Vital statistics of India. Vol. VI, European troops 1870-79
Year: 1870
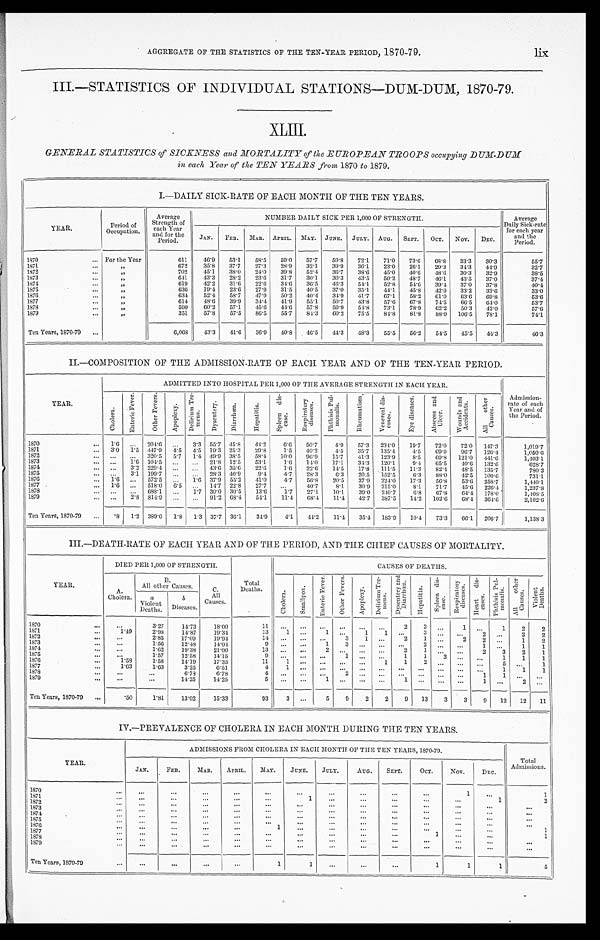
AGGREGATE OF THE STATISTICS OF THE TEN—YEAR PERIOD, 1870-79. lix
III.—STATISTICS OF INDIVIDUAL STATIONS—DUM-DUM, 1870-79.
XLIII.
GENERAL STATISTICS of SICKNESS and MORTALITY of the EUROPEAN TROOPS occupying DUM-DUM
in each Year of the TEN YEARS from 1870 to 1879.
I.—DAILY SICK-RATE OF EACH MONTH OF THE TEN YEARS.
YEAR.
Period of
O c c u p a t i o n .
Average
Strength of
each Year
and for the
Period.
NUMBER DAILY SICK PER 1,000 OF STRENGTH.
Average
Daily Sick-rate
for each year
and the
Period.
JAN. FEB. MAR. APRIL. MAY. JUNE. JULY. AUG. SEPT. OCT. NOV. DEC.
1870
... For the Year
611
46.9 53.1 58.5 59.0 57.7 59.8 72.1 71.0 73.6 68.8 33.3 30.3
55.7
1871
. . .
„
672
35. 8
37.7 27.3 28.9
3 2 . 1 39.9 36.1
2 3 . 0
26.0 29.3 34.3
44.9
3 2 . 7
1872
. . .
„
702
4 5 . 1 38.0
2 4 . 0
3 9 . 8
5 2 . 4
3 6 . 7
3 8 . 6
4 5 . 0 40.6 44.6
3 0 . 3 32.9
3 8 . 5
1873
...
„
641 43.3 28.2 23.6 31.7 30.1
3 0 . 3
4 3 . 5
5 0 . 2
48.7 46.1
4 3 . 5 37.0
3 7 . 4
1874
. . .
„
619 42.2 31.6 22.6
34.6
3 6 . 5
4 6 . 3
5 4 . 1
5 2 . 8
5 4 . 6 39.4
3 7 . 0
37.8
4 0 . 4
1875
...
„
636 19.4 23.6
2 7 . 9
3 1 . 5 40.5 37.0
3 5 . 1
4 4 . 1
4 5 . 8 42.0
3 3 . 2
33.6
3 3 . 0
1876
. . .
„
634 52. 4
58.7 47.9
5 0 . 2
4 0 . 4
3 4 . 9
4 1 . 7
6 7 . 1
5 8 . 2 61.0
6 3 . 6
69.8
5 3 . 6
1877
. . .
„
614 48.6 39.9
3 4 . 4 41.9 55.1 50.7
4 3 . 8
5 7 . 6
6 7 . 8 74.5
6 6 . 5
64.0
5 3 . 7
1878
. . .
„
590 60. 2
57.1 45.6
4 4 . 6
5 7 . 8
5 9 . 9
5 4 . 8
7 3 . 1
7 8 . 9 62.2
5 0 . 3
42.0
5 7 . 6
1879
. . .
„
351
57.8 57.5
8 6 . 5
5 5 . 7
84.3
6 0 . 2
7 5 . 5 84.8
8 1 . 8 88.0
1 0 6 . 5 78.1
7 4 . 1
Ten Years, 1870-79 ...
6,068
43. 3
41.6 36.9
40.8 46.5 44.3 48.3 55.5 56.2 54.5 45.5 44.3
4 6 . 3
II.—COMPOSITION OF THE ADMISSION-RATE OF EACH YEAR AND OF THE TEN-YEAR PERIOD.
YEAR.
ADMITTED INTO HOSPITAL PER 1,000 OF THE AVERAGE STRENGTH IN EACH YEAR.
Admission-
rate of each
Year and of
the Period.
C h o l e r a .
E n t e r i c F e v e r .
O t h e r F e v e r s . Apoplexy.
D e l i r i u m T r e -
m e n s .
D y s e n t e r y . D i a r r h œ a .
H e p a t i t i s .
S p l e e n d i s -
e a s e .
R e s p i r a t o r y
d i s e a s e s .
P h t h i s i s P u l -
m o n a l i s .
R h e u m a t i s m . V e n e r e a l d i s -
e a s e s .
E y e d i s e a s e s . A b s c e s s a n d
Ul c e r .
W o u n d s a n d
A c c i d e n t s . A l l o t h e r
C a u s e s .
1870
. . . 1.6 ... 204.6 ... 3.3 55.7 45.8 44.2
6.6 50.7
4.9 57.3 234.0 19.7 72.0 72.0 147.3
1,019.7
1871
. . . 3.0 1.5 447.9 4.5 4.5 19.3 25.3 29.8
1.5
4 0 . 2 4.5 35.7 135.4 4.5 69.9 96.7 126.4
1,050.6
1872
... ... ... 320.5 5.7 1.4
4 9 . 9 38.5 58.4 10.0
9 6 . 9 15.7 41.3 123.9
8.5 69.8 121.0 441.6
1,403.1
1873
... ... 1.6 104.5 ... ... 21.8 12.5 53.1
1.6 14.0 17.1 34.3 120.1
9.4 65.5
4 0 . 6 132.6
628.7
1874
... ... 3.2 229.4 ... ... 43.6 35.6 22.6
1.6 22.6 14.5 17.8 111.5 11.3 82.4 48.5 135.7
780.3
1875
... ... 3.1 199.7 ...
... 28.3 40.9 9.4
4.7 28.3
6.3 20.5 152.5
6.3 88.0 42.5 100.6
731.1
1876
. . . 1.6 ... 572.5
. . . 1 . 6 37.9 55.2 41.0
4.7 56.8 20.5 37.9 224.0 17.3 56.8 53.6 258.7
1,440.1
1877
... 1.6 ... 518.0 6.5 . . . 14.7 22.8 27.7 . . .
40.7
8.1 30.9 215.0
8.1 71.7 45.6 226.4
1,237.8
1878
. . . ... ... 688.1 ...
1 . 7 39.0 30.5 13.6
1 . 7 27.1 10.1 39.0 240.7
6. 8
67.8 64.4 178.0
1,408.5
1879
. . . ... 2.8 814.9 ... ...
9 1 . 2 68.4 54.1 11.4 68.4 11.4 42.7 387.5 14.2 102.6 68.4 364.6
2,102.6
Ten Years, 1870-79 ... .8 1.2 389.0 1.8 1.3 37.7 36.1 34.9
4.1 44.2 11.4 35.4 183.9 10.4
73.3 66.1 206.7
1,138.3
III.—DEATH-RATE OF EACH YEAR AND OF THE PERIOD, AND THE CHIEF CAUSES OF MORTALITY.
YEAR.
DIED PER 1,000 OF STRENGTH.
Total
Deaths.
CAUSES OF DEATHS.
A.
Cholera.
B.
All other Causes.
C.
All
Causes.
C h o l e r a . Smallpox. E n t e r i c F e v e r .
O t h e r F e v e r s .
A p o p l e x y .
D e l i r i u m T r e -
m e n s .
D y s e n t e r y a n d
D i a r r h œ a .
H e p a t i t i s .
S p l e e n d i s -
e a s e .
R e s p i r a t o r y
d i s e a s e s .
H e a r t d i s -
e a s e s .
P h t h i s i s P u l -
m o n a l i s .
A l l o t h e r
C a u s e s .
V i o l e n t
D e a t h s .
a
Violent
Deaths.
b
Diseases.
1870
. . .
. . . 3.27
14.73
18.00
11
. . . ...
. . .
. . .
. . .
. . . 2
3 ...
1 ...
1
2
2
1871
...
1.49
2.98
14.87
19.34
13
1 ...
1 ...
1 1
. . . 3
. . .
. . . 2
. . . 2
2
1872
...
...
2.85
17.09
1 9 . 9 4
14
. . .
...
. . . 3
1 ...
2
1
. . .
2
2
. . . 1
2
1873
. . . ...
1.56
12.48
1 4 . 0 4
9 . . . ...
1
3
. . . ...
. . . 2
. . .
. . . 1
. . . 1
1
1874
...
...
1.62
19.38
21.00
1 3
. . . ...
2 . . .
. . . ... 2
1
. . .
. . . 2
3
2
1
1875
. . .
. . . 1.57
12.58
14.15
9
. . . ...
. . . 1 ...
... 1
1
3
. . . ...
1
1
1
1876
1877
... . . .
1.53
1.63
1.58
1.63
14.19
3.25
17.35
6.51
11
4
1 1 ... ...
. . .
. . . .... . . ... . . .
1
...
1
. . .
2
...
...
...
...
...
...
...
5
1
. . .
1
1
1
1878
. . .
. . . . . .
6.78
6.78
4
. . .
...
. . . 2 ...
...
. . .
. . . . . . ...
1
1
. . .
. . .
1879
. . .
...
. . .
14.25
1 4 . 2 5
5
. . .
...
1
. . .
. . .
. . .
1
. . . . . .
. . . 1
. . .
2
. . .
Ten Years, 1870-79 ...
. 5 0 1.81
13.02
15.33
93
3 ...
5 9
2
2
9 13
3
3
9 12 12 11
IV.—PREVALENCE OF CHOLERA IN EACH MONTH DURING THE TEN YEARS.
YEAR.
ADMISSIONS FROM CHOLERA IN EACH MONTH OF THE TEN YEARS, 1870-79.
Total
Admissions.
JAN.
FEB.
MAR. APRIL.
M A Y .
JUNE. JULY.
AUG. SEPT.
OCT.
NOV.
DEC.
1870
...
...
...
...
...
...
...
...
...
...
...
1
...
1
1871
...
...
...
...
...
. . .
1
...
...
...
...
...
1
2
1872
. . .
. . .
...
. . .
. . .
. . .
. . .
. . .
. . .
...
. . .
. . .
. . .
...
1873
. . .
. . .
...
...
. . .
. . . ...
...
...
... ...
...
. . .
. . .
1874
...
. . .
...
...
. . .
. . . ...
. . .
. . .
... ...
...
. . .
. . .
1875
. . .
. . .
. . .
...
. . .
. . . ...
...
. . .
. . .
...
. . .
. . .
. . .
1876
. . . . . .
. . .
. . .
. . .
1
...
. . .
. . .
. . . . . .
. . .
. . .
1
1877
. . .
. . .
. . .
...
. . .
. . . ...
. . .
. . .
. . . 1 ...
...
1
1878
. . .
. . .
...
...
. . .
. . . ...
. . .
. . .
...
. . . ...
. . .
. . .
1879
...
...
...
...
. . .
...
...
. . .
...
...
...
...
...
. . .
Ten Years, 1870-79
...
...
...
...
...
1
1
. . .
...
...
1
1 1
5